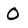
Character: O